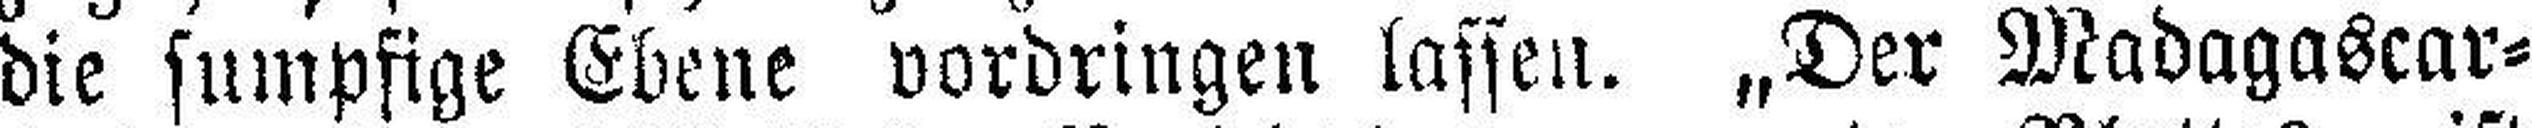
die sumpfige Ebene vordringen lassen. „Der Madagascar¬